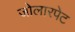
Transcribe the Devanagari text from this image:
जोलारपेट